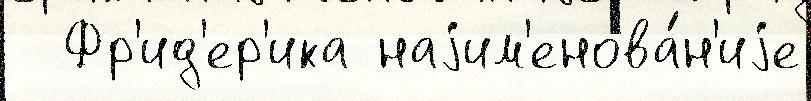
  Фр'ид'ер'ика наjим'енова́н'иjе